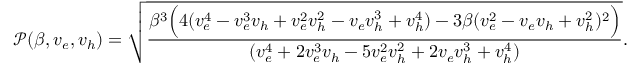
\mathscr { P } ( \beta , v _ { e } , v _ { h } ) = \sqrt { \frac { \beta ^ { 3 } \Big ( 4 ( v _ { e } ^ { 4 } - v _ { e } ^ { 3 } v _ { h } + v _ { e } ^ { 2 } v _ { h } ^ { 2 } - v _ { e } v _ { h } ^ { 3 } + v _ { h } ^ { 4 } ) - 3 \beta ( v _ { e } ^ { 2 } - v _ { e } v _ { h } + v _ { h } ^ { 2 } ) ^ { 2 } \Big ) } { ( v _ { e } ^ { 4 } + 2 v _ { e } ^ { 3 } v _ { h } - 5 v _ { e } ^ { 2 } v _ { h } ^ { 2 } + 2 v _ { e } v _ { h } ^ { 3 } + v _ { h } ^ { 4 } ) } } .